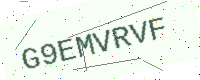
Text: G9EMVRVF